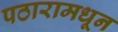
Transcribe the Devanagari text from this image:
पठारामधून